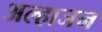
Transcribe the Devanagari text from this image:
अल्हाजन